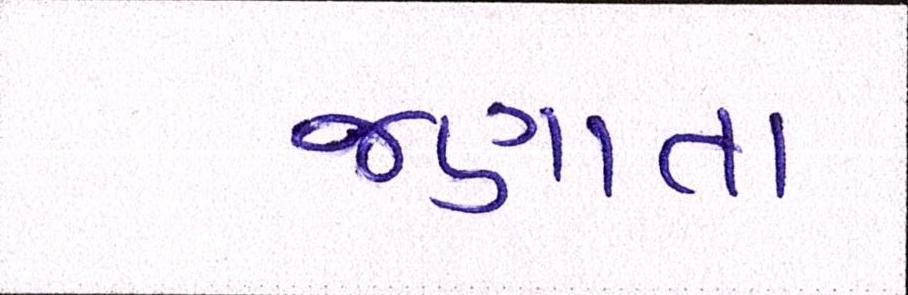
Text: જણાતા